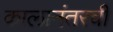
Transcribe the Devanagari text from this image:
कालानंतरची